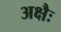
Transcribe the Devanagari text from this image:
अक्षैः